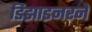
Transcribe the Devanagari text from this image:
डिझाइनरने